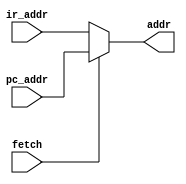
//------------------------------------------------------------------------------
module  adr(addr,fetch,ir_addr,pc_addr); 
output [12:0] addr; 
input [12:0] ir_addr, pc_addr; 
input  fetch; 
 
assign  addr = fetch?  pc_addr : ir_addr; 

endmodule 
//------------------------------------------------------------------------------ 

//------------------------------------------------------------------------------
module counter ( pc_addr, ir_addr, load, clock, rst);
output [12:0] pc_addr; 
input [12:0] ir_addr; 
input load, clock, rst; 
reg [12:0] pc_addr; 
 
always @( posedge clock or posedge rst ) 
begin 
if(rst) 
pc_addr<=13'b0_0000_0000_0000; 
else 
if(load) 
pc_addr<=ir_addr; 
else 
pc_addr <= pc_addr + 1; 
end
endmodule 
//------------------------------------------------------------------------------

//------------------------------------------------------------------------------
module machinectl( ena, fetch, rst); 
output  ena; 
input  fetch, rst; 
reg ena; 
 
always @(posedge fetch or posedge rst) 
begin 
if(rst) 
ena<=0; 
else 
ena<=1; 
end 
 
endmodule 
//------------------------------------------------------------------------------